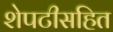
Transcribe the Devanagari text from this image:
शेपटीसहित